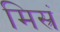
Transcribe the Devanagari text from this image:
मिस्रं